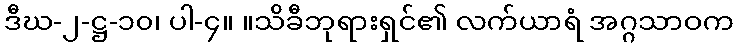
ဒီဃ-၂-ဋ္ဌ-၁၀၊ ပါ-၄။ ။သိခီဘုရားရှင်၏ လက်ယာရံ အဂ္ဂသာဝက